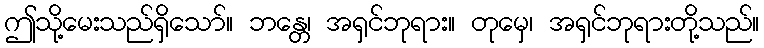
ဤသို့မေးသည်ရှိသော်။ ဘန္တေ၊ အရှင်ဘုရား။ တုမှေ၊ အရှင်ဘုရားတို့သည်။